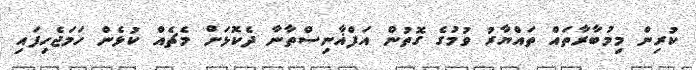
ކުރިން މިމުބާރާތައް ތައްޔާރު ވުމުގެ ގޮތުން އަފްޣާނިސްތާނާ ދެކޮޅަށް މެޗެއް ކުޅެން ހަމަޖެހިފައި